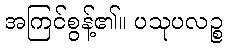
အကြင်စွန့်၏။ ပသုပလဉ္စ